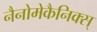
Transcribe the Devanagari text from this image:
नैनोमेकैनिक्स्